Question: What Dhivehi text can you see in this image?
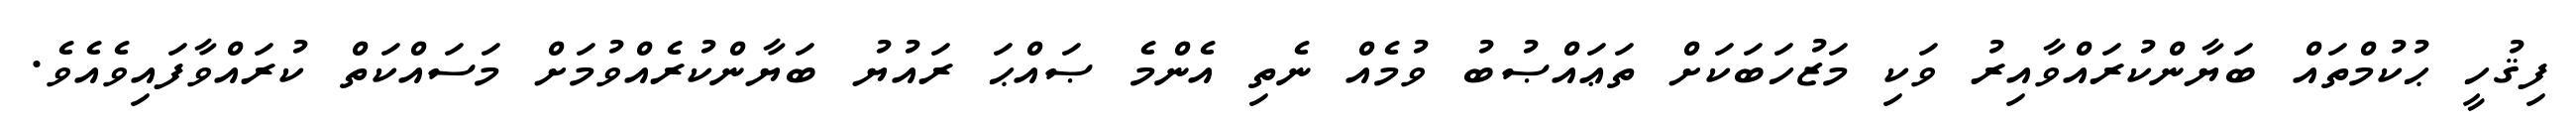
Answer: ފިޤުހީ ޙުކުމްތައް ބަޔާންކުރައްވާއިރު ވަކި މަޒުހަބަކަށް ތަޢައްޞުބު ވުމެއް ނެތި އެންމެ ޞައްޙަ ރައުޔު ބަޔާންކުރެއްވުމަށް މަސައްކަތް ކުރައްވާފައިވެއެވެ.